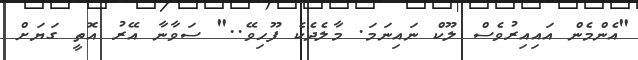
"އެންމެން އައިއިރުވެސް ލޫކް ނައިނަމަ. މާލެދެކެ ފޫހިވޭ.." ސަވާނާ އޭރު އޮތީ ގަޔަށް